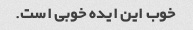
خوب این ایده خوبی است.